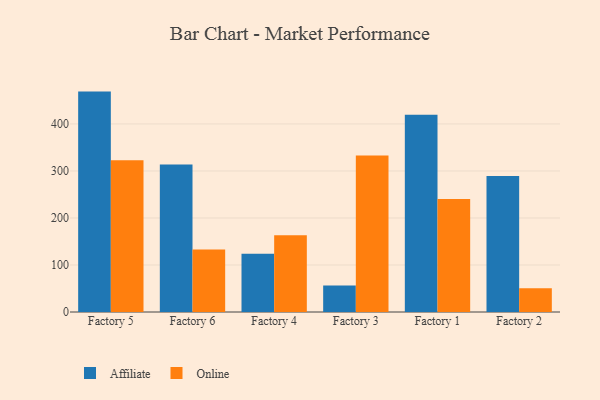
{"axis": {"x": "Factory", "y": "Website Visitors"}, "legend": ["Affiliate", "Online"], "data": [{"x": "Factory 5", "y": 468.8, "type": "Affiliate"}, {"x": "Factory 5", "y": 323.0, "type": "Online"}, {"x": "Factory 6", "y": 313.6, "type": "Affiliate"}, {"x": "Factory 6", "y": 132.9, "type": "Online"}, {"x": "Factory 4", "y": 124.1, "type": "Affiliate"}, {"x": "Factory 4", "y": 163.2, "type": "Online"}, {"x": "Factory 3", "y": 56.5, "type": "Affiliate"}, {"x": "Factory 3", "y": 333.1, "type": "Online"}, {"x": "Factory 1", "y": 419.3, "type": "Affiliate"}, {"x": "Factory 1", "y": 240.6, "type": "Online"}, {"x": "Factory 2", "y": 289.1, "type": "Affiliate"}, {"x": "Factory 2", "y": 50.6, "type": "Online"}]}